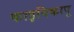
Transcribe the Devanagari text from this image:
काइविकापू